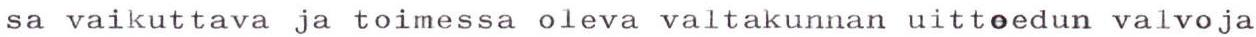
sa vaikuttava ja toimessa oleva valtakunnan uittoedun valvoja